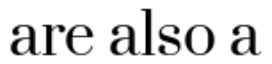
are also a